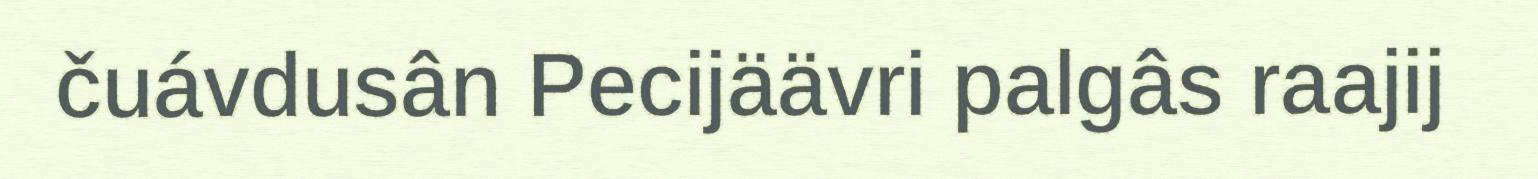
čuávdusân Pecijäävri palgâs raajij